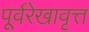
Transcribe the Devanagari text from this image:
पूर्वरेखावृत्त